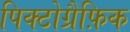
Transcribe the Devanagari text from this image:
पिक्टोग्रैफ़िक